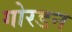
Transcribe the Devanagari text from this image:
गोरडन